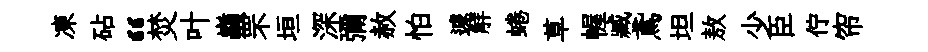
凍砧“焚叶巔罘垣深彌赦怕遽觧蜷草幄臧鳶坦敖少臣佇帘